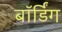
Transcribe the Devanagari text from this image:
बाॅर्डिंग